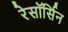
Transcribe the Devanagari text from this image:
रेसॉर्सिन